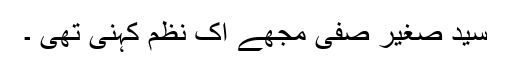
سید صغیر صفی مجھے اک نظم کہنی تھی ۔